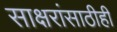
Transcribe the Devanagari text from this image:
साक्षरांसाठीही